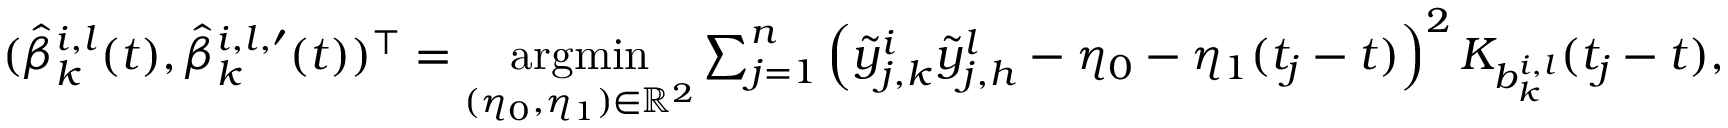
\begin{array} { r } { ( \hat { \beta } _ { k } ^ { i , l } ( t ) , \hat { \beta } _ { k } ^ { i , l , \prime } ( t ) ) ^ { \top } = \underset { ( \eta _ { 0 } , \eta _ { 1 } ) \in \mathbb { R } ^ { 2 } } { \mathrm { a r g m i n } } \sum _ { j = 1 } ^ { n } \left( \tilde { y } _ { j , k } ^ { i } \tilde { y } _ { j , h } ^ { l } - \eta _ { 0 } - \eta _ { 1 } ( t _ { j } - t ) \right) ^ { 2 } K _ { b _ { k } ^ { i , l } } ( t _ { j } - t ) , } \end{array}